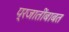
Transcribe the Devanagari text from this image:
प्रजातींबाबत